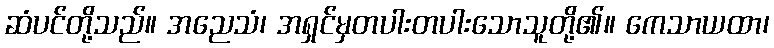
ဆံပင်တို့သည်။ အညေသံ၊ အရှင်မှတပါးတပါးသောသူတို့၏။ ကေသာယထာ၊